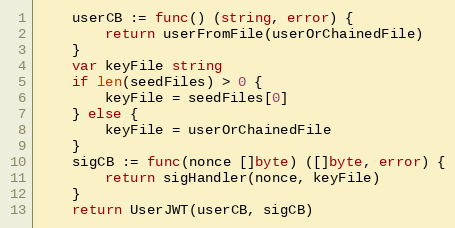
Language: Go
	userCB := func() (string, error) {
		return userFromFile(userOrChainedFile)
	}
	var keyFile string
	if len(seedFiles) > 0 {
		keyFile = seedFiles[0]
	} else {
		keyFile = userOrChainedFile
	}
	sigCB := func(nonce []byte) ([]byte, error) {
		return sigHandler(nonce, keyFile)
	}
	return UserJWT(userCB, sigCB)